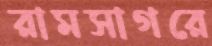
রামসাগরে